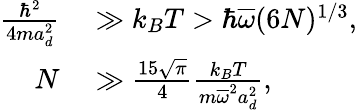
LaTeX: \begin{array}{rl}{\frac{\hbar^{2}}{4ma_{d}^{2}}}&{{}\gg k_{B}T>\hbar\overline{{\omega}}(6N)^{1/3},}\\ {N}&{{}\gg\frac{15\sqrt{\pi}}{4}\frac{k_{B}T}{m\overline{{\omega}}^{2}a_{d}^{2}},}\end{array}